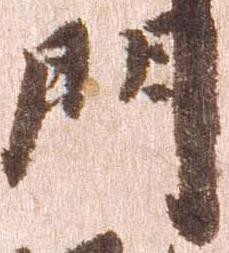
門